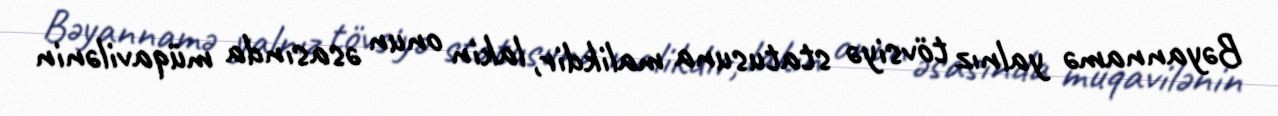
Bəyannamə yalnız tövsiyə statusuna malikdir, lakin onun əsasında müqavilənin